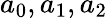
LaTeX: a_{0},a_{1},a_{2}